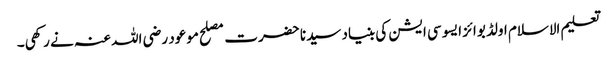
تعلیم الاسلام اولڈ بوائز ایسو سی ایشن کی بنیاد سیدنا حضرت مصلح موعود رضی اللہ عنہ نے رکھی۔